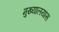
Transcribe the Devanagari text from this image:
मुख्यालयास